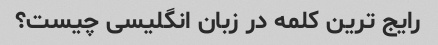
رایج ترین کلمه در زبان انگلیسی چیست؟